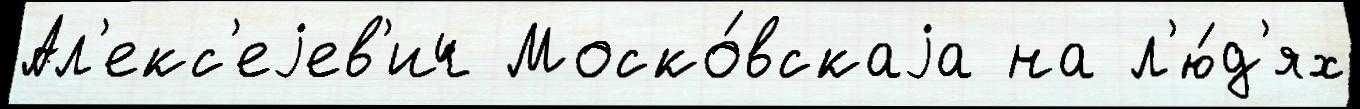
Ал'екс'еjев'ич Моско́вскаjа на л'ю́д'ях